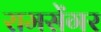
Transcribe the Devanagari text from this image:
रामसेंगर